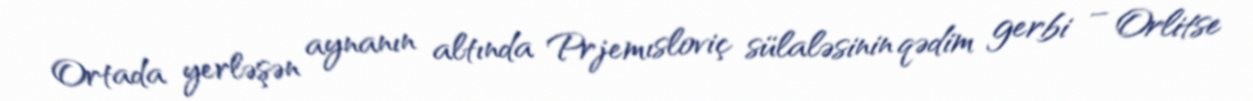
Ortada yerləşən aynanın altında Prjemısloviç sülaləsinin qədim gerbi – Orlitse